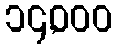
၁၄,၀၀၀